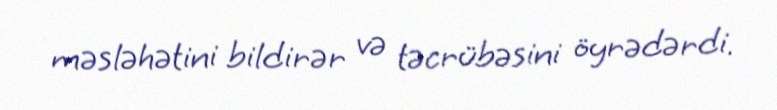
məsləhətini bildirər və təcrübəsini öyrədərdi.